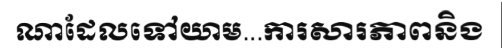
ណាដែលទៅយាម...ការសារភាពនិង